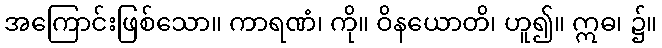
အကြောင်းဖြစ်သော။ ကာရဏံ၊ ကို။ ဝိနယောတိ၊ ဟူ၍။ ဣဓ၊ ၌။